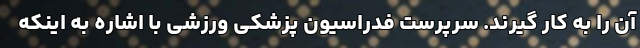
آن را به کار گیرند. سرپرست فدراسیون پزشکی ورزشی با اشاره به اینکه